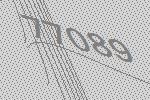
77089